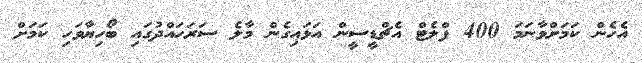
އެހެން ކަމަށްވާނަމަ 400 ފްލެޓް އެޗްޑީސީން އަޅައިގެން މާލެ ސަރަހައްދުގައި ބޯހިޔާވަހި ކަމަށް